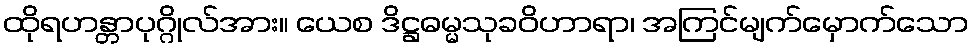
ထိုရဟန္တာပုဂ္ဂိုလ်အား။ ယေစ ဒိဋ္ဌဓမ္မသုခဝိဟာရာ၊ အကြင်မျက်မှောက်သော